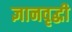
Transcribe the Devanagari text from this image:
ज्ञानवृद्धी